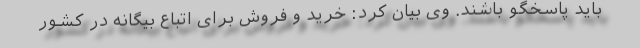
باید پاسخگو باشند. وی بیان کرد: خرید و فروش برای اتباع بیگانه در کشور